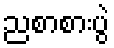
ညစာစားပွဲ